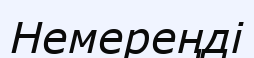
Немереңді